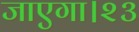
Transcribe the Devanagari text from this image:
जाएगा।२३